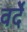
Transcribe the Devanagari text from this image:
वर्देे